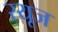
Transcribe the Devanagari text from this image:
रयूज